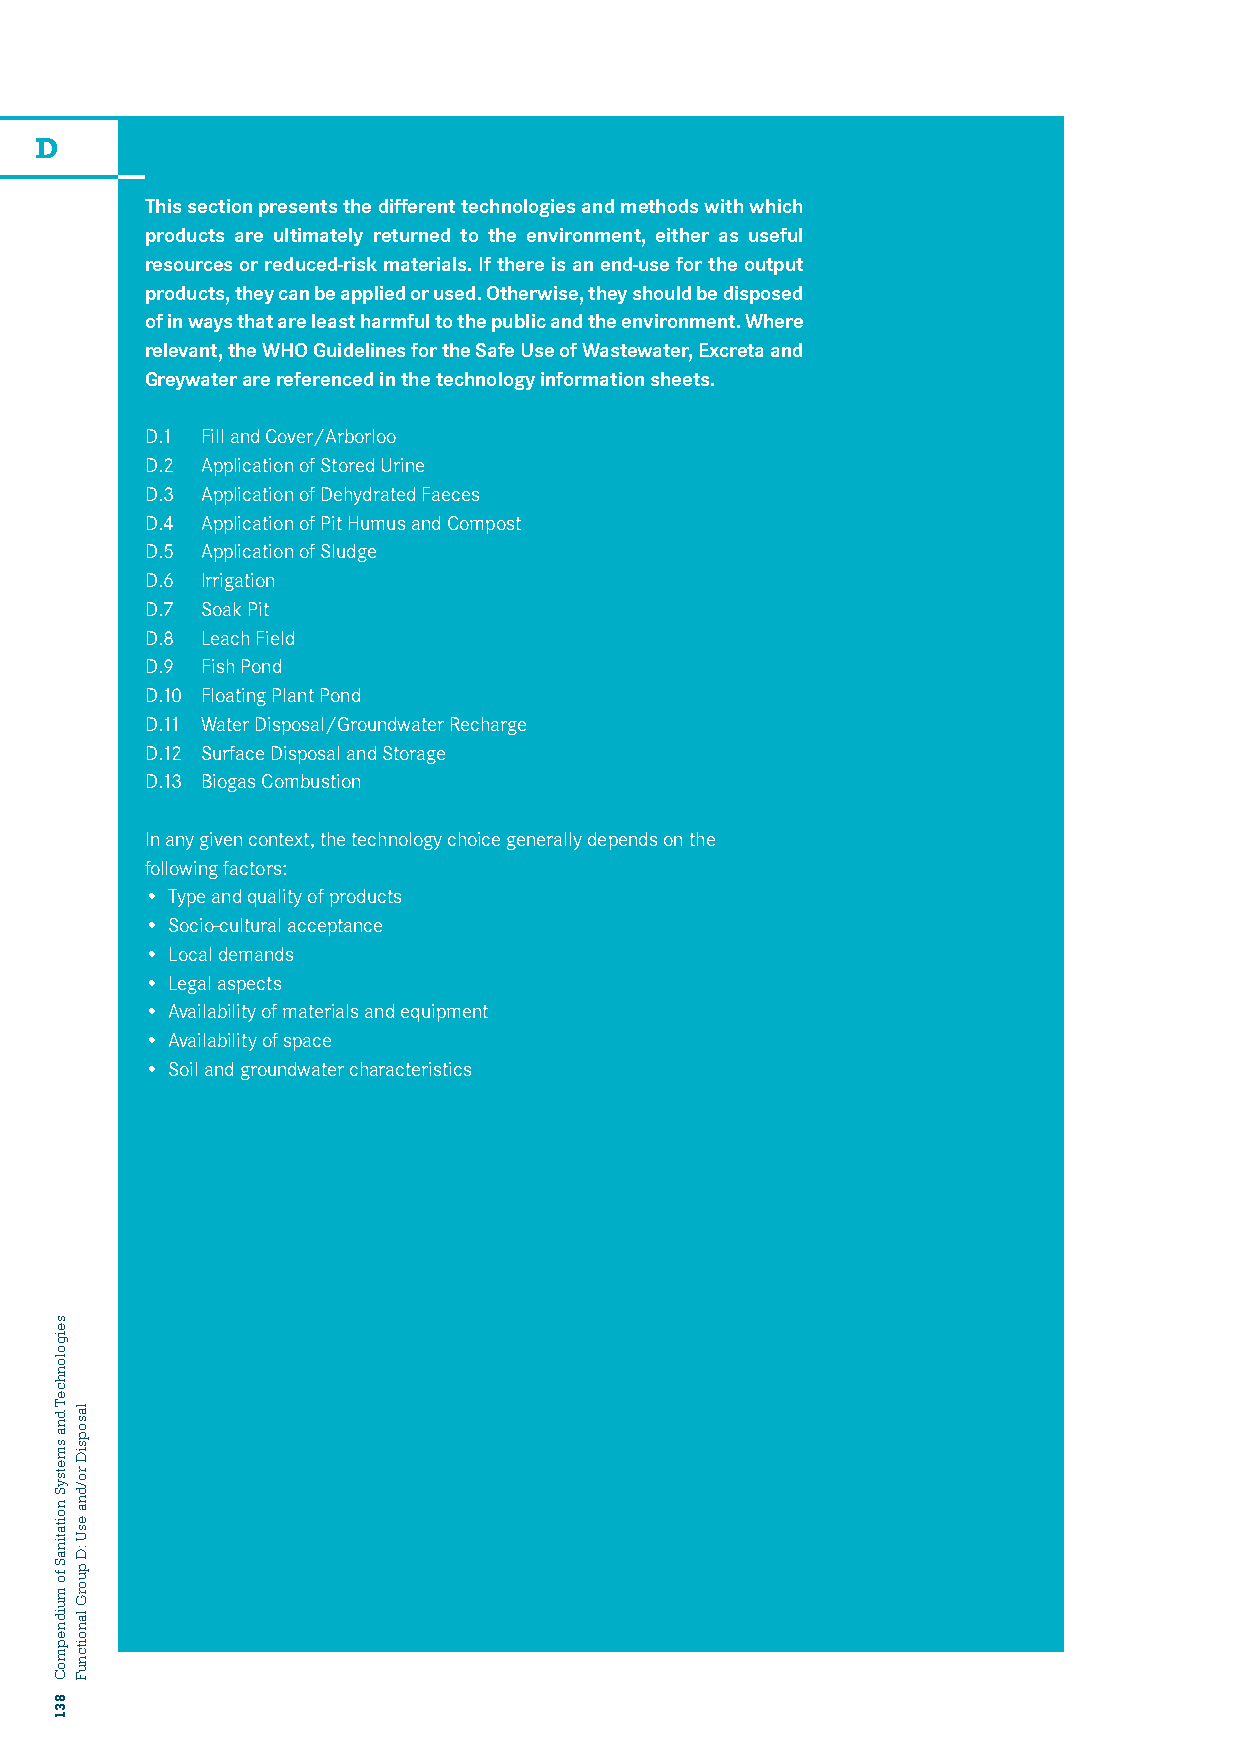
D
 This section presents the different technologies and methods with which
 products are ultimately returned to the environment, either as useful
 resources or reduced-risk materials. If there is an end-use for the output
 products, they can be applied or used. Otherwise, they should be disposed
 of in ways that are least harmful to the public and the environment. Where
 relevant, the WHO Guidelines for the Safe Use of Wastewater, Excreta and
 Greywater are referenced in the technology information sheets.
 D.1 Fill and Cover/Arborloo
 D.2 Application of Stored Urine
 D.3 Application of Dehydrated Faeces
 D.4 Application of Pit Humus and Compost
 D.5 Application of Sludge
 D.6 Irrigation
 D.7 Soak Pit
 D.8 Leach Field
 D.9 Fish Pond
 D.10 Floating Plant Pond
 D.11 Water Disposal/Groundwater Recharge
 D.12 Surface Disposal and Storage
 D.13 Biogas Combustion
 In any given context, the technology choice generally depends on the
 following factors:
 • Type and quality of products
 • Socio-cultural acceptance
 • Local demands
 • Legal aspects
 • Availability of materials and equipment
 • Availability of space
 • Soil and groundwater characteristics
 seigolonhceT
 dna
 smetsyS
 noitatinaS
 fo
 muidnepmoC
 831
 lasopsiD
 ro/dna
 esU
 :D
 puorG
 lanoitcnuF